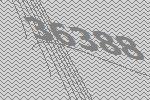
36388